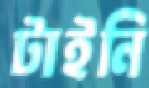
টাইনি